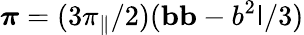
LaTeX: \boldsymbol{\pi}=(3\pi_{\| }/2)(\mathbf{b}\mathbf{b}-b^{2}\mathsf{I}/3)